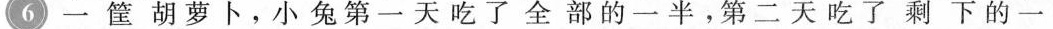
6一筐胡萝卜，小兔第一天吃了全部的一半，第二天吃了剩下的一